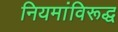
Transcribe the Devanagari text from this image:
नियमांविरूद्ध